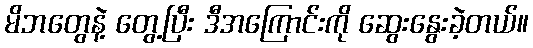
မိဘတွေနဲ့ တွေ့ပြီး ဒီအကြောင်းကို ဆွေးနွေးခဲ့တယ်။